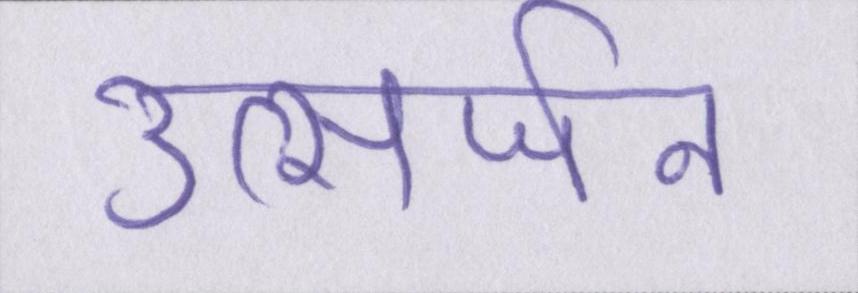
उत्सर्जन